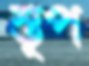
স্তূপ